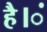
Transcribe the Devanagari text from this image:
है।ं